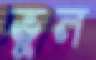
ভুল